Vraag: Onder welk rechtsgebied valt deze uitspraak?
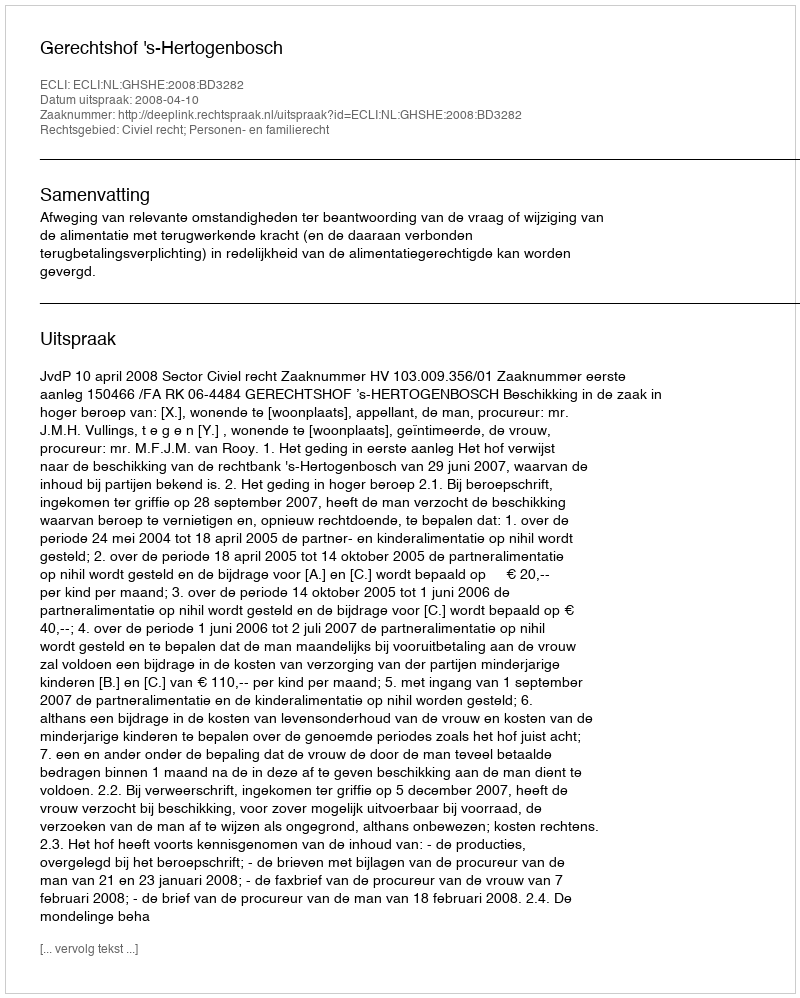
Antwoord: Civiel recht; Personen- en familierecht